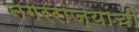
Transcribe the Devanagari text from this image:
नगरराज्यांची